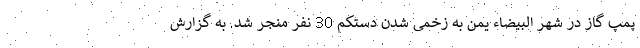
پمپ گاز در شهر البیضاء یمن به زخمی شدن دستکم 30 نفر منجر شد. به گزارش